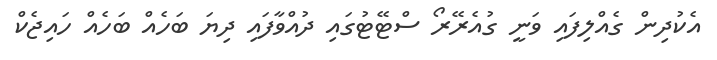
އެކުދިން ގެއްލިފައި ވަނީ ގުއެރޭރޯ ސްޓޭޓުގައި ދުއްވާފައި ދިޔަ ބަހެއް ބަހެއް ހައިޖެކް